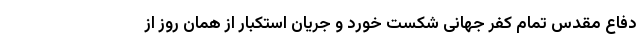
دفاع مقدس تمام کفر جهانی شکست خورد و جریان استکبار از همان روز از